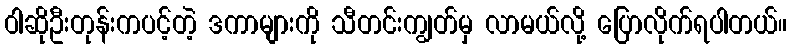
ဝါဆိုဦးတုန်းကပင့်တဲ့ ဒကာများကို သီတင်းကျွတ်မှ လာမယ်လို့ ပြောလိုက်ရပါတယ်။